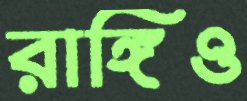
রাঙ্গিও